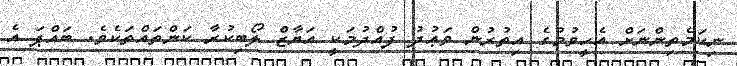
ނިކަމެތިންނަށް އެހީވުމުގެ އިތުރުން ވަޢުދު ފުއްދުމަކީ އަޔާޒް ލޯބިކުރާ ކަންތައްތަކެވެ. ބައްޕަ އެ